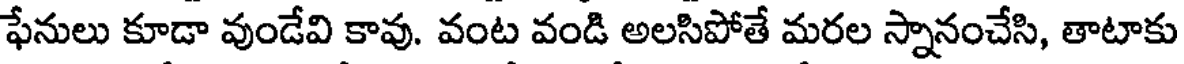
ఫేనులు కూడా వుండేవి కావు. వంట వండి అలసిపోతే మరల స్నానంచేసి, తాటాకు